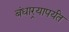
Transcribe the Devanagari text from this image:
बंधार्‍यापर्यंत